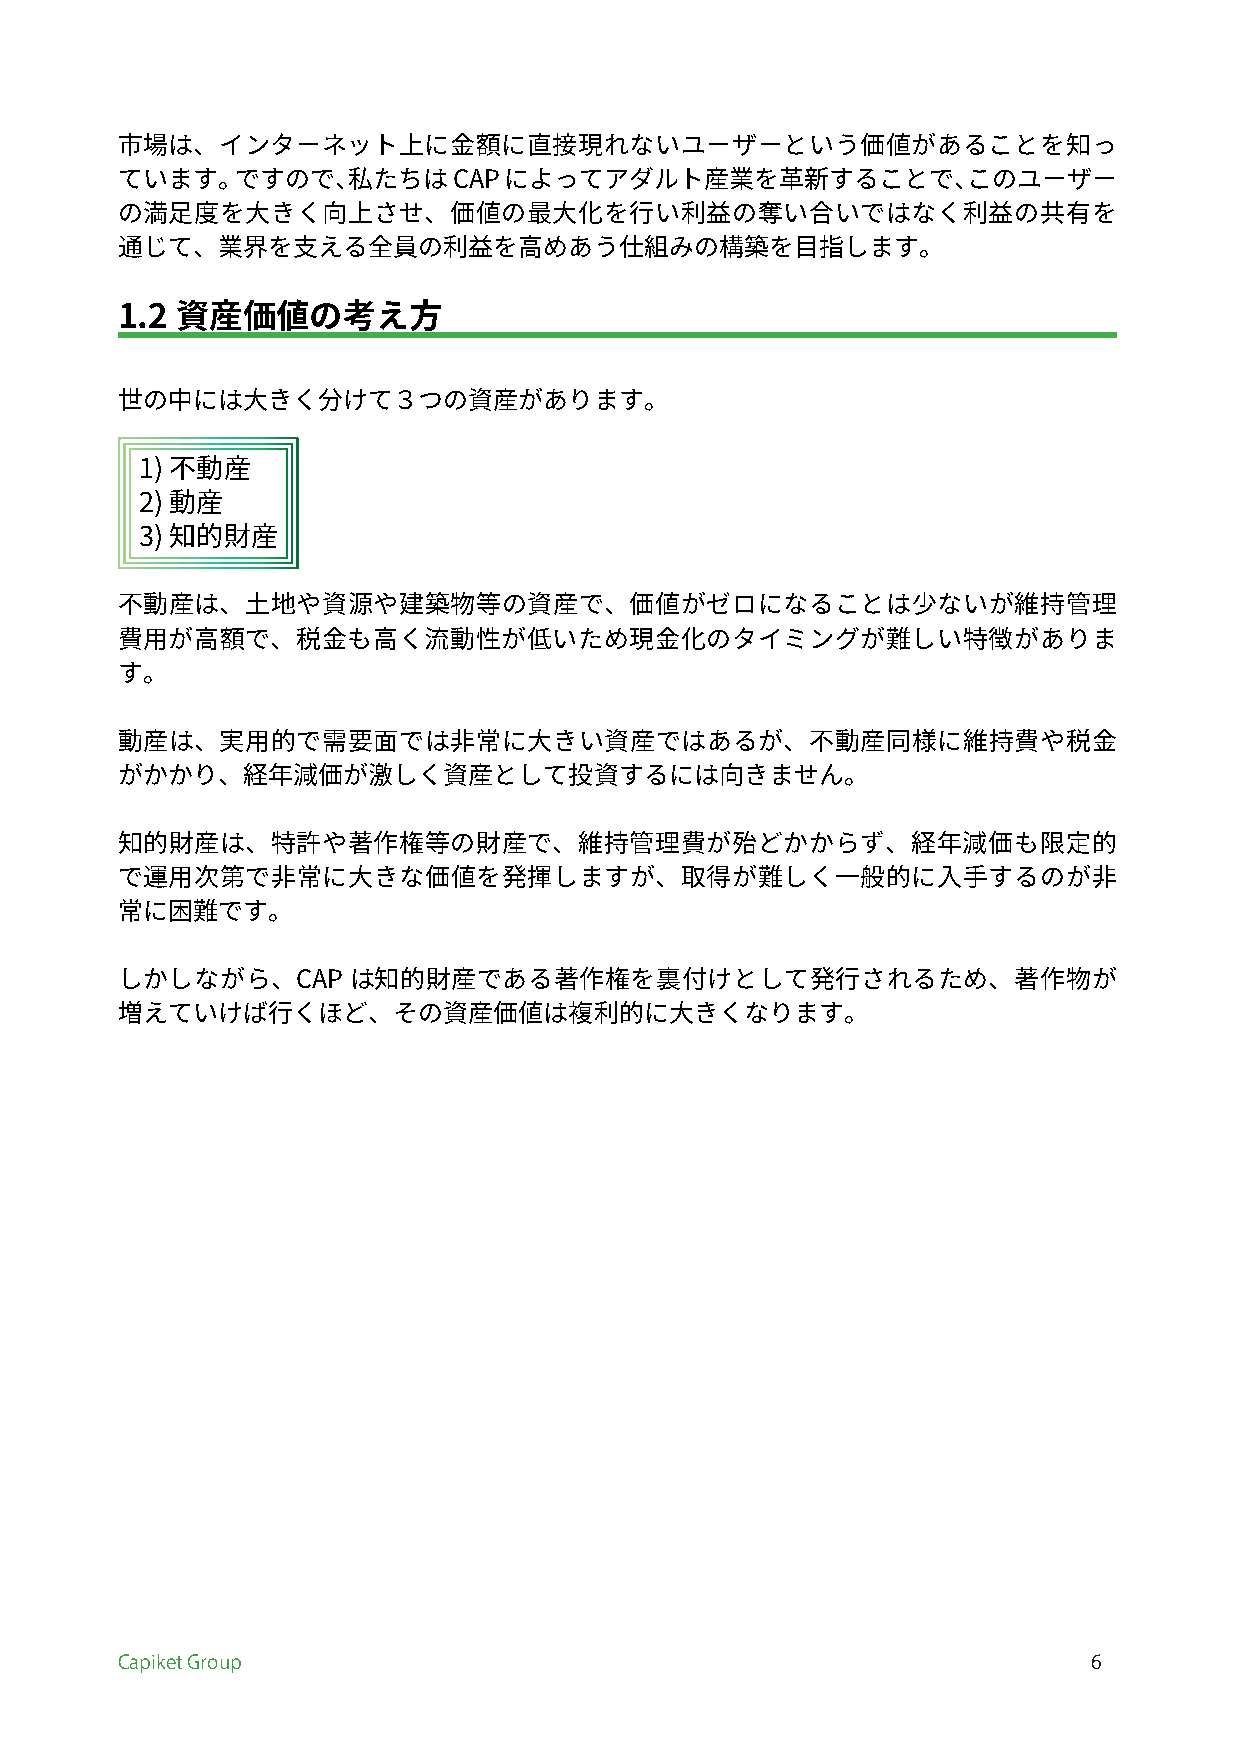
市場は、インターネット上に金額に直接現れないユーザーという価値があることを知っ
 ています。ですので、私たちはCAPによってアダルト産業を革新することで、このユーザー
 の満足度を大きく向上させ、価値の最大化を行い利益の奪い合いではなく利益の共有を
 通じて、業界を支える全員の利益を高めあう仕組みの構築を目指します。
 1.2 資産価値の考え方
 世の中には大きく分けて３つの資産があります。
 1) 不動産
 2) 動産
 3) 知的財産
 不動産は、土地や資源や建築物等の資産で、価値がゼロになることは少ないが維持管理
 費用が高額で、税金も高く流動性が低いため現金化のタイミングが難しい特徴がありま
 す。
 動産は、実用的で需要面では非常に大きい資産ではあるが、不動産同様に維持費や税金
 がかかり、経年減価が激しく資産として投資するには向きません。
 知的財産は、特許や著作権等の財産で、維持管理費が殆どかからず、経年減価も限定的
 で運用次第で非常に大きな価値を発揮しますが、取得が難しく一般的に入手するのが非
 常に困難です。
 しかしながら、CAP     は知的財産である著作権を裏付けとして発行されるため、著作物が
 増えていけば行くほど、その資産価値は複利的に大きくなります。
 Capiket Group                                                   6